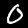
Digit: 0